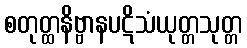
စတုတ္ထနိဗ္ဗာနပဋိသံယုတ္တသုတ္တ